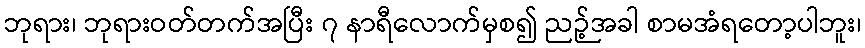
ဘုရား၊ ဘုရားဝတ်တက်အပြီး ၇ နာရီလောက်မှစ၍ ညဉ့်အခါ စာမအံရတော့ပါဘူး၊